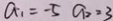
a _ { 1 } = - 5 a _ { 2 } = 3